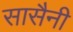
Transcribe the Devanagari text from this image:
सासैनी